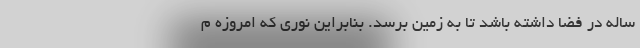
ساله در فضا داشته باشد تا به زمین برسد. بنابراین نوری که امروزه م